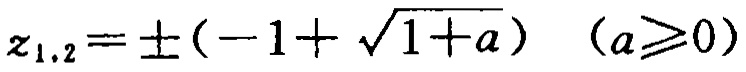
\(z_{1,2}=\pm(-1 + \sqrt{1 + a})\quad (a\geq0)\)